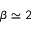
\beta \simeq 2